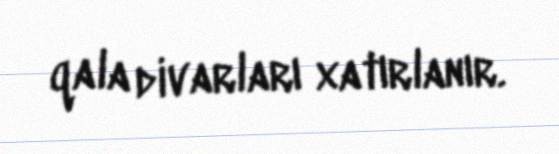
qala divarları xatırlanır.